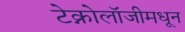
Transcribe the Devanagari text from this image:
टेक्नोलॉजीमधून